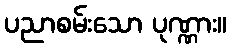
ပညာစမ်းသော ပုဏ္ဏား။